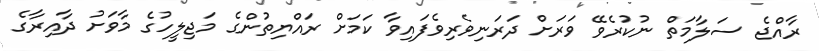
ރާއްޖެ ސަލާމަތް ނުކުރެވޭ ވަރަށް ދަރަނިވެރިވެފައިވާ ކަމަށް ރައްޔިތުންގެ މަޖިލީހުގެ މާވަށު ދާއިރާގެ